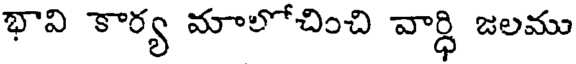
భావి కార్య మాలోచించి వార్ధి జలము